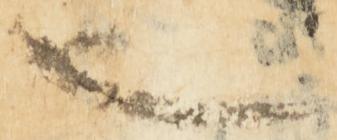
也